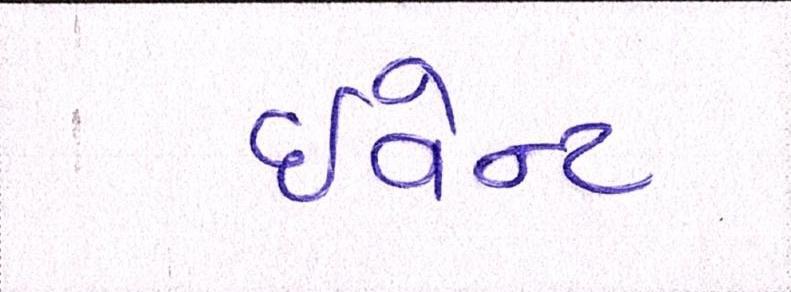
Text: ઈવેન્ટ